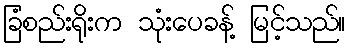
ခြံစည်းရိုးက သုံးပေခန့် မြင့်သည်။